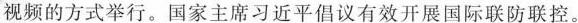
视频的方式举行。国家主席习近平倡议有效开展国际联防联控。